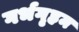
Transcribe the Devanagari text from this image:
गर्भगृहम